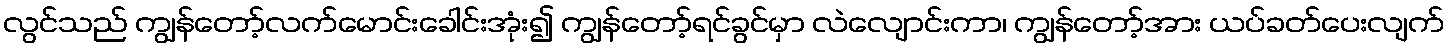
လွင်သည် ကျွန်တော့်လက်မောင်းခေါင်းအုံး၍ ကျွန်တော့်ရင်ခွင်မှာ လဲလျောင်းကာ၊ ကျွန်တော့်အား ယပ်ခတ်ပေးလျက်